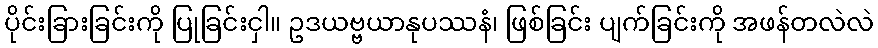
ပိုင်းခြားခြင်းကို ပြုခြင်းငှါ။ ဥဒယဗ္ဗယာနုပဿနံ၊ ဖြစ်ခြင်း ပျက်ခြင်းကို အဖန်တလဲလဲ